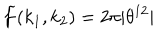
LaTeX: \widetilde { f } ( k _ { 1 } , k _ { 2 } ) = 2 \pi | \theta ^ { 1 2 } | \